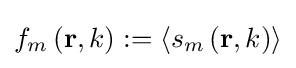
f_{m}\left(\mathbf {r} ,k\right):=\left\langle s_{m}\left(\mathbf {r} ,k\right)\right\rangle